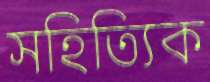
সহিত্যিক